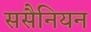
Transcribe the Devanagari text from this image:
ससैनियन